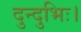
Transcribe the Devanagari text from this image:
दुन्दुभिः।